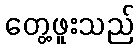
တွေ့ဖူးသည်